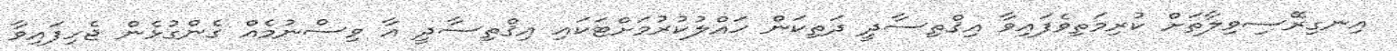
އިނގިރޭސިވިލާތަށް ކުރިމަތިވެފައިވާ އިޤްތިސާދީ ދަތިކަން ޙައްލުކުރުމަށްޓަކައި އިޤްތިސާދީ އާ ވިސްނުމެއް ގެންގުޅެން ޖެހިފައިވާ